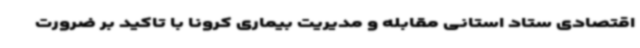
اقتصادی ستاد استانی مقابله و مدیریت بیماری کرونا با تاکید بر ضرورت